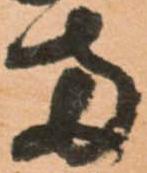
両